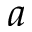
a